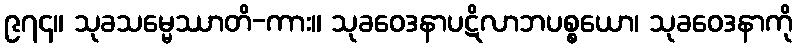
၉၇၄။ သုခသမ္မေဿာတိ-ကား။ သုခဝေဒနာပဋိလာဘပစ္စယော၊ သုခဝေဒနာကို